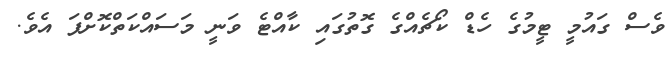
ވެސް ގައުމީ ޓީމުގެ ހެޑް ކޯޗެއްގެ ގޮތުގައި ކާއްޓެ ވަނީ މަސައްކަތްކޮށްފަ އެވެ.